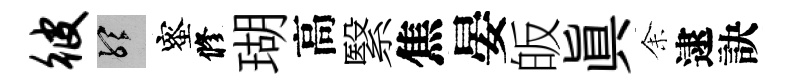
彼聽蜜修瑚高繄焦晏皈眞𪜬逮訣